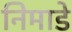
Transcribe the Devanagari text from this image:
निमाडे